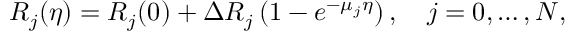
R _ { j } ( \eta ) = R _ { j } ( 0 ) + \Delta R _ { j } \left( 1 - e ^ { - \mu _ { j } \eta } \right) , \quad j = 0 , \ldots , N ,